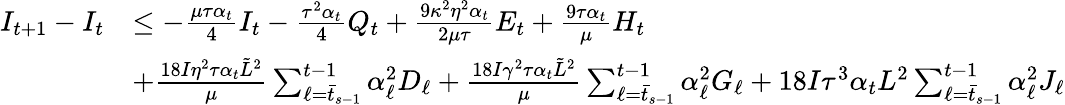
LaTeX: \begin{array}{rl}{I_{t+1}-I_{t}}&{\leq-\frac{\mu\tau\alpha_{t}}{4}I_{t}-\frac{\tau^{2}\alpha_{t}}{4}Q_{t}+\frac{9\kappa^{2}\eta^{2}\alpha_{t}}{2\mu\tau}E_{t}+\frac{9\tau\alpha_{t}}{\mu}H_{t}}\\ &{+\frac{18I\eta^{2}\tau\alpha_{t}\tilde{L}^{2}}{\mu}\sum_{\ell=\bar{t}_{s-1}}^{t-1}\alpha_{\ell}^{2}D_{\ell}+\frac{18I\gamma^{2}\tau\alpha_{t}\tilde{L}^{2}}{\mu}\sum_{\ell=\bar{t}_{s-1}}^{t-1}\alpha_{\ell}^{2}G_{\ell}+18I\tau^{3}\alpha_{t}L^{2}\sum_{\ell=\bar{t}_{s-1}}^{t-1}\alpha_{\ell}^{2}J_{\ell}}\end{array}